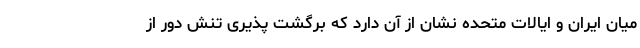
میان ایران و ایالات متحده نشان از آن دارد که برگشت پذیری تنش دور از